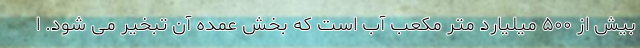
بیش از ۵۰۰ میلیارد متر مکعب آب است که بخش عمده آن تبخیر می شود. ا